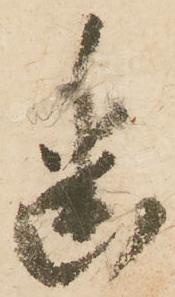
幽